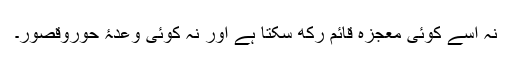
نہ اسے کوئی معجزہ قائم رکھ سکتا ہے اور نہ کوئی وعدۂ حوروقصور۔